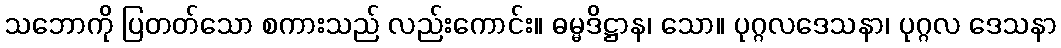
သဘောကို ပြတတ်သော စကားသည် လည်းကောင်း။ ဓမ္မဒိဋ္ဌာန၊ သော။ ပုဂ္ဂလဒေသနာ၊ ပုဂ္ဂလ ဒေသနာ